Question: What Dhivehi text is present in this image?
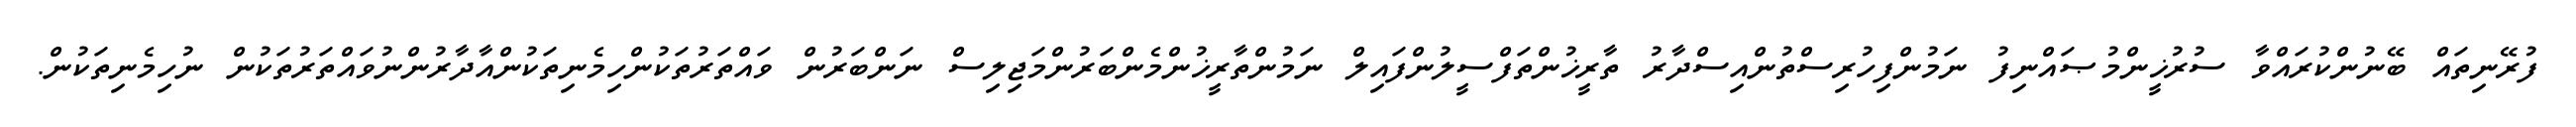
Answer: ފުރޭނިތައް ބޭނުންކުރައްވާ ސުރުޚީންމުޞައްނިފު ނަމުންފިހުރިސްތުންއިސްދާރު ތާރީޚުންތަފްސީލުންފައިލް ނަމުންތާރީޚުންމެންބަރުންމަޖިލިސް ނަންބަރުން ވައްތަރުތަކުންހިމެނިތަކުންއާދާރުންނުވައްތަރުތަކުން ނުހިމެނިތަކުން.